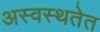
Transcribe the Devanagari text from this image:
अस्वस्थतेत